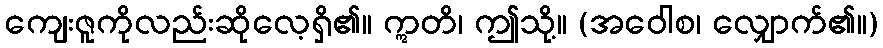
ကျေးဇူကိုလည်းဆိုလေ့ရှိ၏။ ဣတိ၊ ဤသို့။ (အဝေါစ၊ လျှောက်၏။)